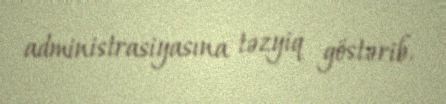
administrasiyasına təzyiq göstərib.